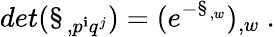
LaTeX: det(\S_{,p^{\mathbf{i}}q^{j}})=(e^{-\S_{,w}})_{,w}\ .